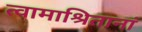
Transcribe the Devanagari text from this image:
त्वामाश्रितानां